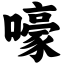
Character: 嚎